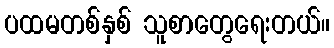
ပထမတစ်နှစ် သူစာတွေရေးတယ်။